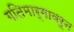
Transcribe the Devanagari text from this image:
गतिमार्गावरून